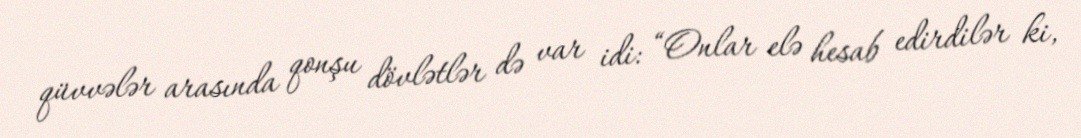
qüvvələr arasında qonşu dövlətlər də var idi: “Onlar elə hesab edirdilər ki,